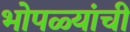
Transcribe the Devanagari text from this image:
भोपळ्यांची